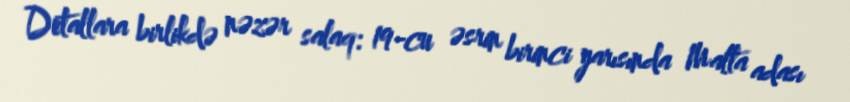
Detallara birlikdə nəzər salaq: 19-cu əsrin birinci yarısında Malta adası